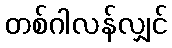
တစ်ဂါလန်လျှင်